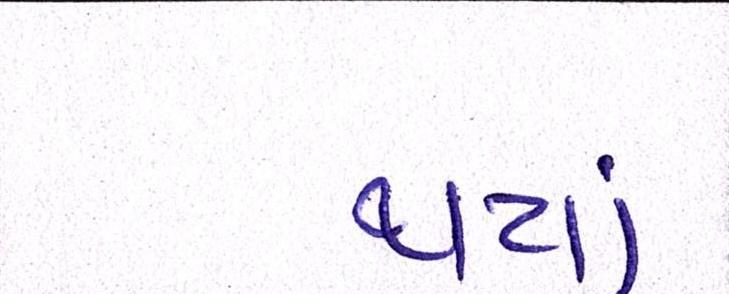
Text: થયાં